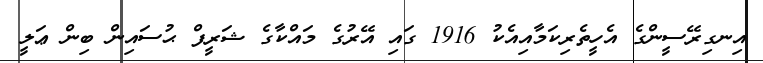
އިނގިރޭސީންގެ އެހީތެރިކަމާއިއެކު 1916 ގައި އޭރުގެ މައްކާގެ ޝަރީފް ޙުސައިން ބިން ޢަލީ